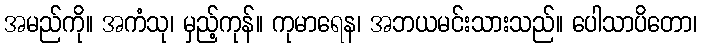
အမည်ကို။ အကံသု၊ မှည့်ကုန်။ ကုမာရေန၊ အဘယမင်းသားသည်။ ပေါသာပိတော၊